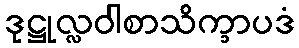
ဒုဋ္ဌုလ္လဝါစာသိက္ခာပဒံ